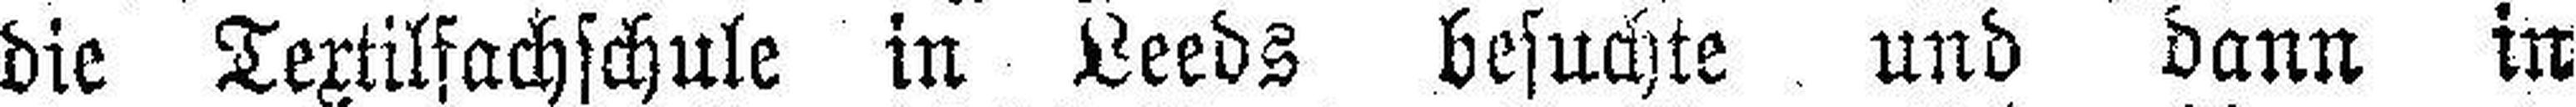
die Textilfachschule in Leeds besuchte und dann in